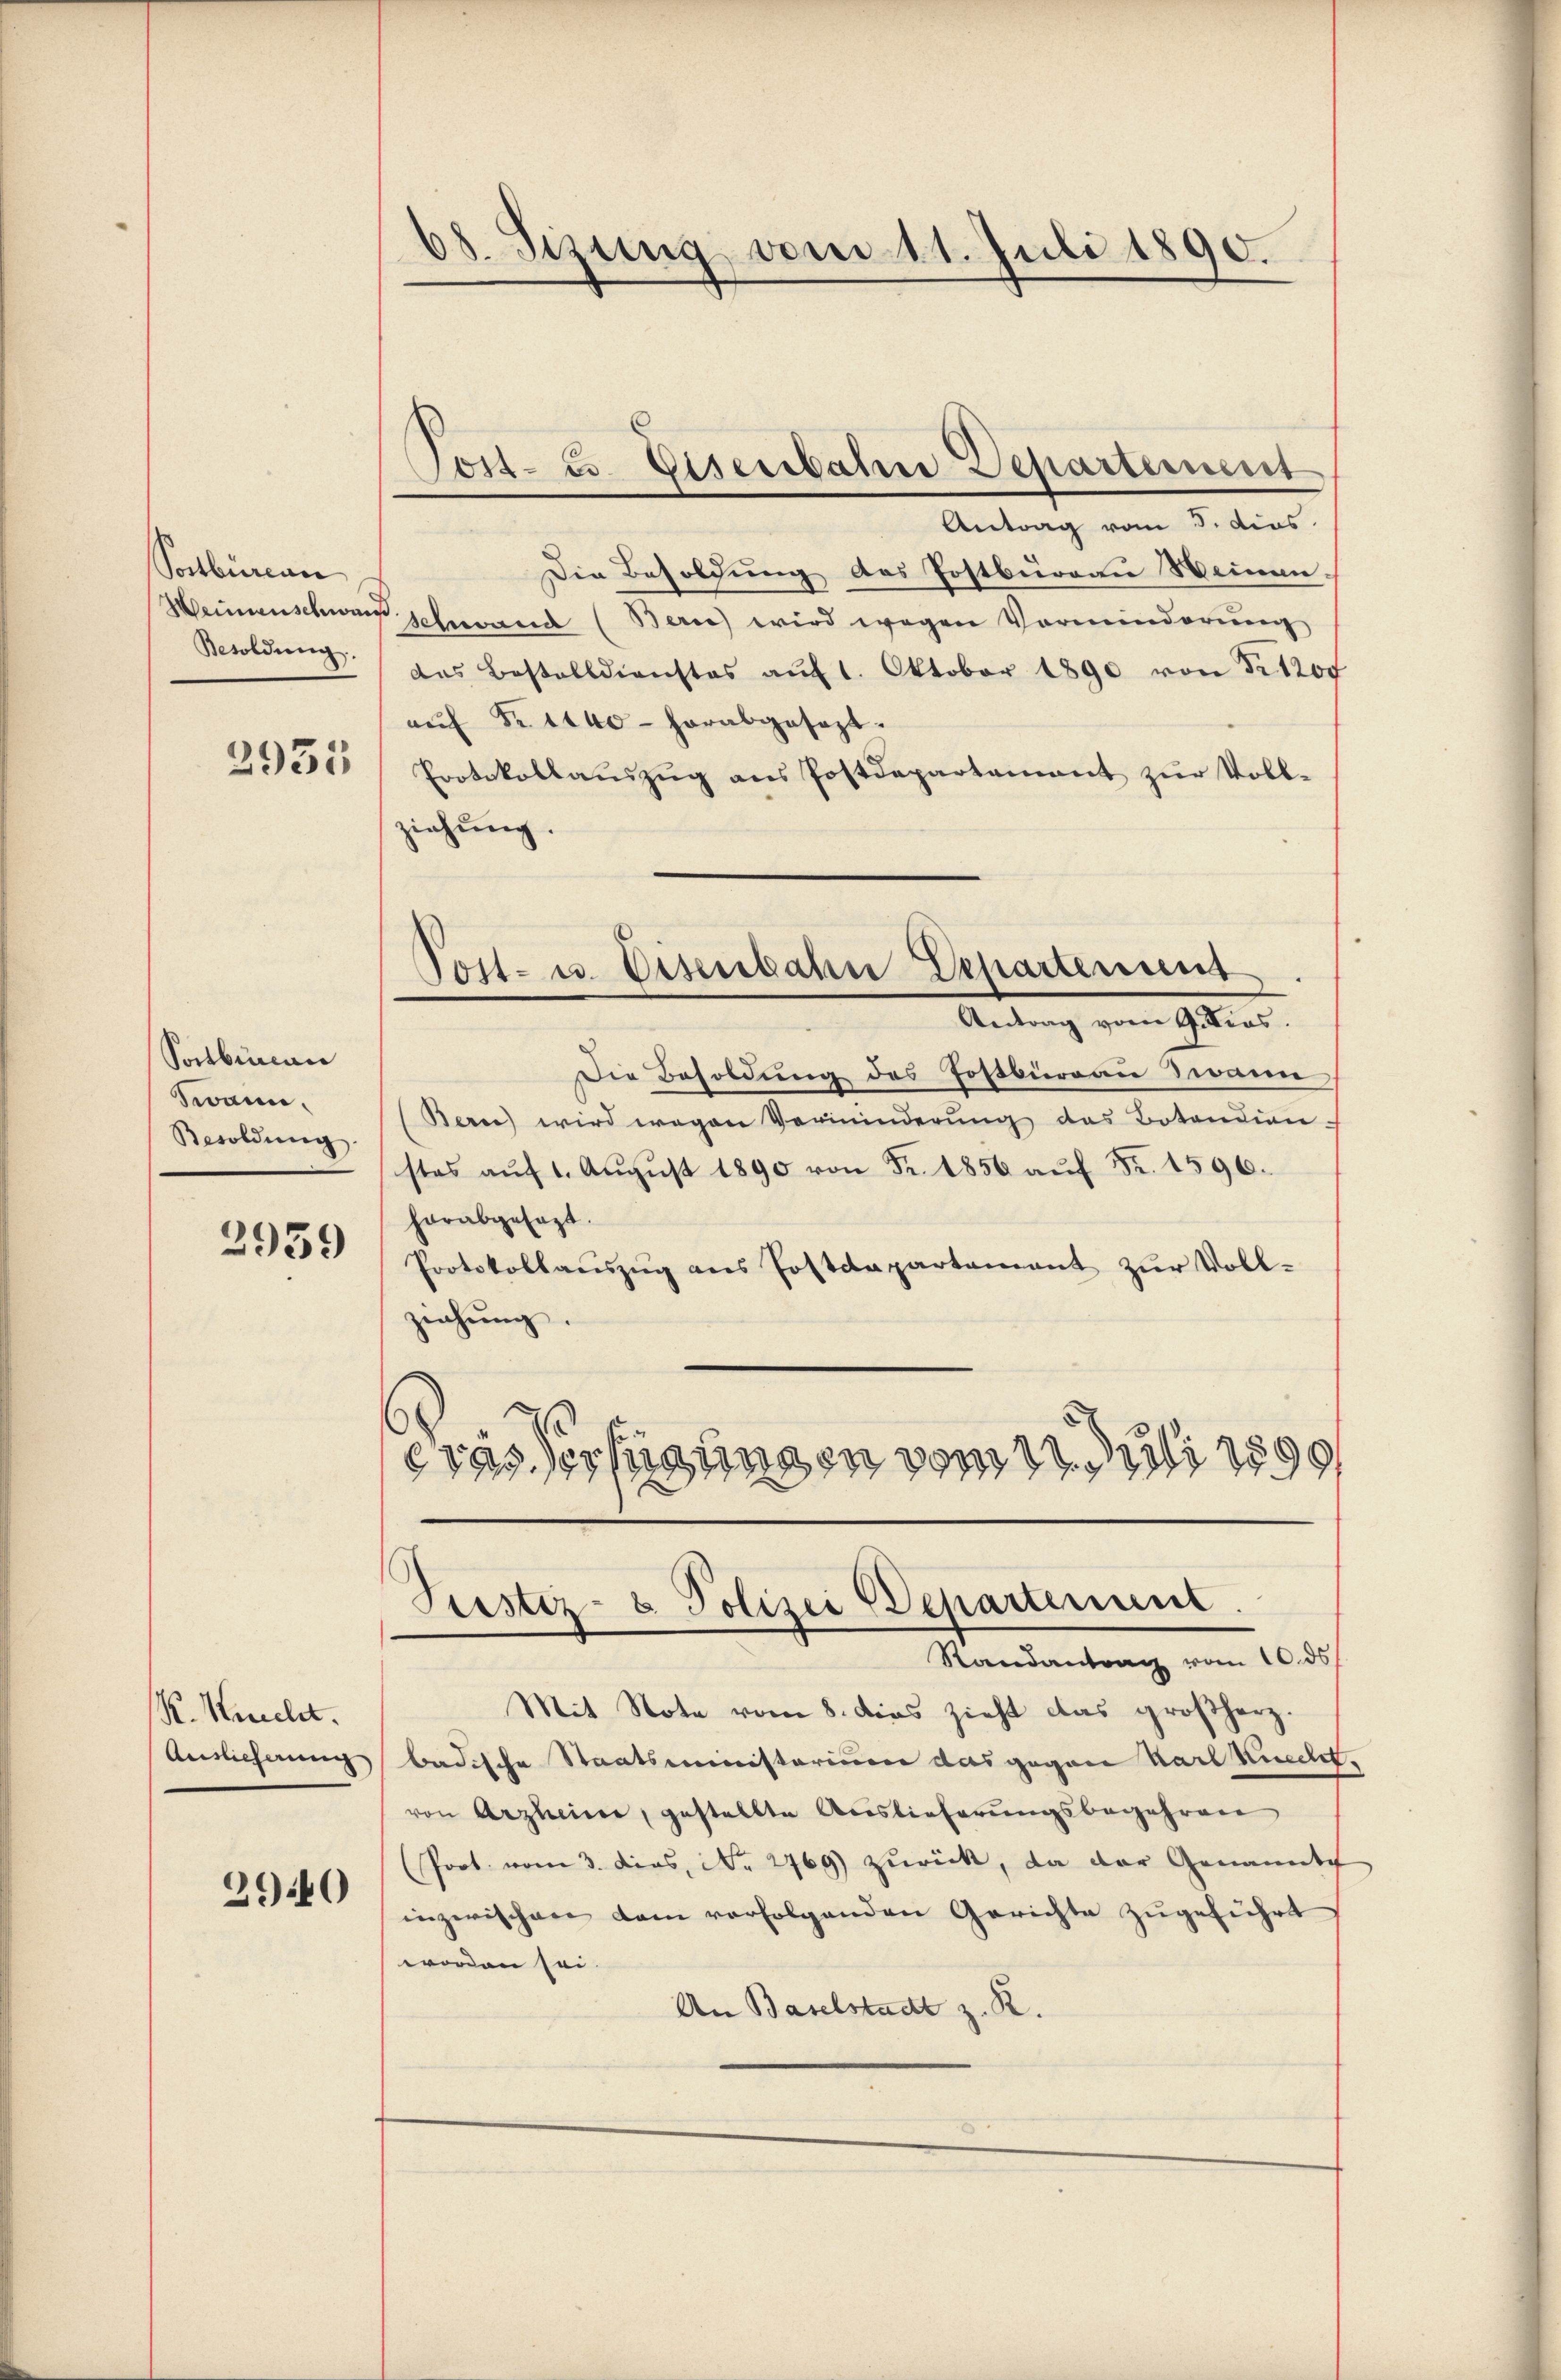
Postbüreau
Weinsenschwang
Besoldung.

2935

Sonbinan
Swann.
Besoldung.

2939

K. Nicht.
Auslicherung

2940

38. Sizung vom 11. Juli 1890.

Jost- u. Eisenbahne Departement

Antrag vom 5. dies
Die Besoldung des Postbüreau Weinan-
 schwand (Bern) wird wegen Verminderŭng
das Bestelldienstes aŭf 1. Oktober 1890 von Fr. 1200
aŭf Fr. 1440 - herabgesezt.
Protokollaŭszŭg ans Postdepartement zur Voll-
ziehung.
Die Besoldung des Postbürgau wenn
(Bern wird wegen Verminderung des Botendien-
stes aŭf 1. Aŭgŭst 1890 von Fr. 1856 auf Fr. 1596.
herabgesagt.
Protokollauszug aus Postdepartement zur Vollziehung
eras Verfügungen vom 11. Juli 1890
Stestiz- & Polizei Departenunt
Randantrag vom 10. ds.
Mit Note vom 8. dies zieht das großherz.
badische Staatsministorium das gegen Karl Knecht
von Arzheiner, gestellte Auslieferungsbegehren
(Port. vom 3. dies, No 2769 zurück, da der Genannte
inzerischen dem verfolgenden Gerichte zŭgeführt
worden sei.
An Baselstadt z. R.

Post- u. Eisenbahn Departement
Artung vom 9ten